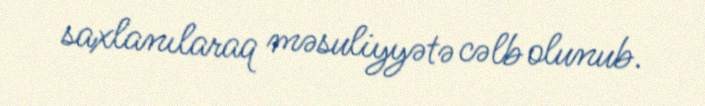
saxlanılaraq məsuliyyətə cəlb olunub.